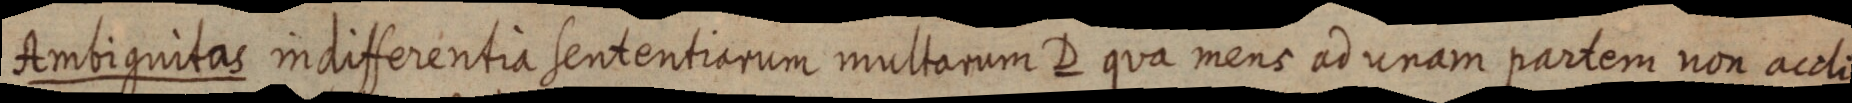
Ambiguitas indifferentia sententiarum multarum D qua mens ad unam partem non accli